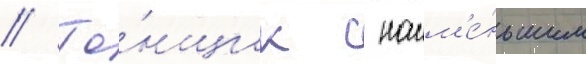
// Го́нщик с наим'е́ньшим